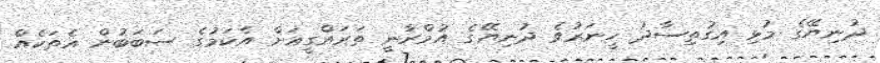
ދުނިޔޭގެ މުޅި އިގުތިސާދު ހީނަރުވެ ދުނިޔޭގެ އުމްރާނީ ތަރައްގީއަށް އެކަމުގެ ސަބަބުން އެތަކެއް